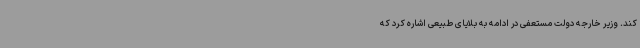
کند. وزیر خارجه دولت مستعفی در ادامه به بلایای طبیعی اشاره کرد که